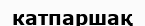
катпаршақ